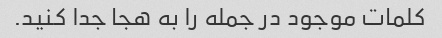
کلمات موجود در جمله را به هجا جدا کنید.